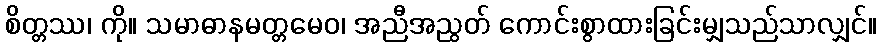
စိတ္တဿ၊ ကို။ သမာဓာနမတ္တမေဝ၊ အညီအညွတ် ကောင်းစွာထားခြင်းမျှသည်သာလျှင်။